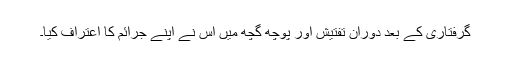
گرفتاری کے بعد دوران تفتیش اور پوچھ گچھ میں اُس نے اپنے جرائم کا اعتراف کیا۔